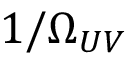
1 / \Omega _ { U V }